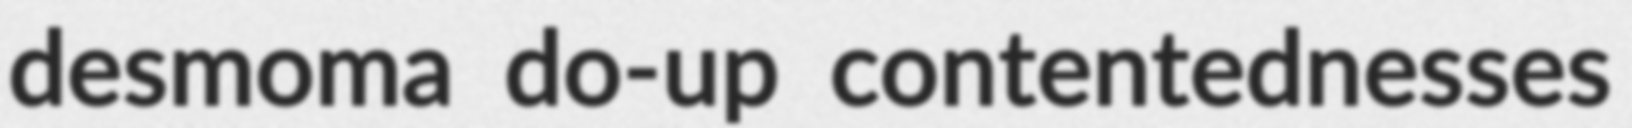
desmoma do-up contentednesses